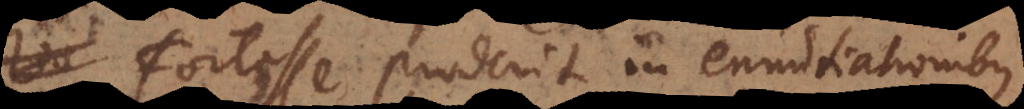
Fortasse proderit in enuntiationibus,